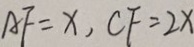
A F = x , C F = 2 x